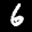
Label: 6